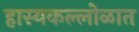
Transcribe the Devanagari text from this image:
हास्यकल्लोळात